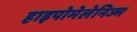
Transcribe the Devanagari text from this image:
हाइपोमेलेनिज्म